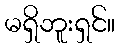
မရှိဘူးရှင်။